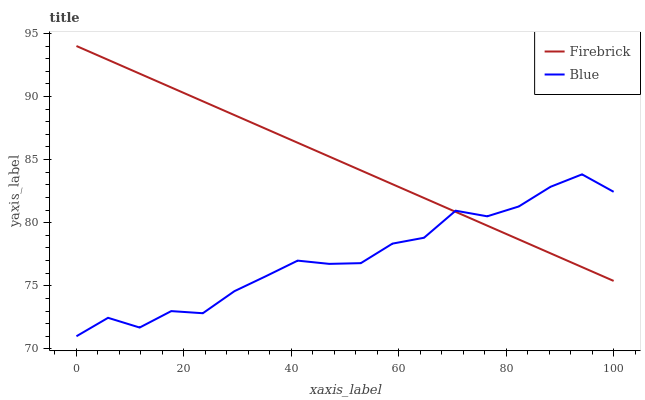
| xaxis_label | Firebrick | Blue |
 | --- | --- | --- |
 | 0 | 94 | 71 |
 | 5.88 | 92.9 | 72.5 |
 | 11.8 | 91.8 | 71.7 |
 | 17.6 | 90.7 | 73 |
 | 23.5 | 89.6 | 72.8 |
 | 29.4 | 88.5 | 74.6 |
 | 35.3 | 87.4 | 75.8 |
 | 41.2 | 86.3 | 77 |
 | 47.1 | 85.2 | 76.7 |
 | 52.9 | 84.1 | 76.8 |
 | 58.8 | 83 | 78.3 |
 | 64.7 | 82 | 78.8 |
 | 70.6 | 80.9 | 80.9 |
 | 76.5 | 79.8 | 80.5 |
 | 82.4 | 78.7 | 81.3 |
 | 88.2 | 77.6 | 82.8 |
 | 94.1 | 76.5 | 83.8 |
 | 100 | 75.4 | 82.4 |